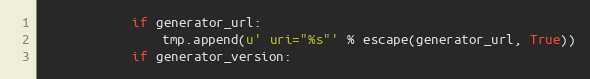
Language: Python
            if generator_url:
                tmp.append(u' uri="%s"' % escape(generator_url, True))
            if generator_version: